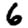
Digit: 6